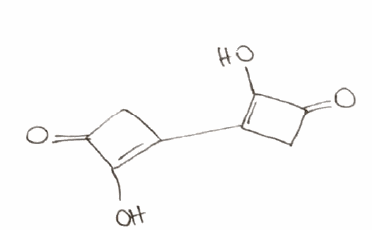
Simplified molecular-input line-entry system (SMILES) notation of the given molecule:
C1C(=C(C1=O)O)C2=C(C(=O)C2)O